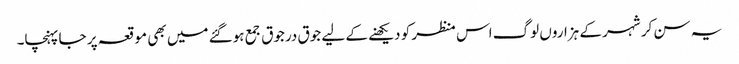
یہ سن کر شہر کے ہزاروں لوگ اس منظر کو دیکھنے کے لیے جوق درجوق جمع ہوگئے میں بھی موقعہ پر جا پہنچا۔